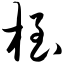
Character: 桎